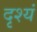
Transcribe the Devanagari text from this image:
दृश्यं